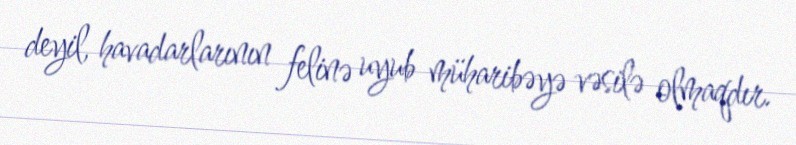
deyil, havadarlarının felinə uyub müharibəyə vəsilə olmaqdır.